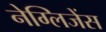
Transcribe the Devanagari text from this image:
नेग्लिजेंस